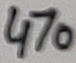
Text: 470